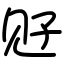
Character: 觃